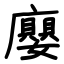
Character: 廮